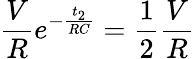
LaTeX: \frac{V}{R}e^{-\frac{t_{2}}{RC}}=\frac{1}{2}\frac{V}{R}